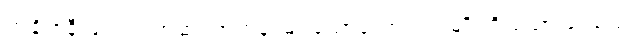
တချို့ဇနီးများက အဆင့်အတန်းမြင့်သောယောကျာ်းမျိုးကို ရထားပေမယ့်